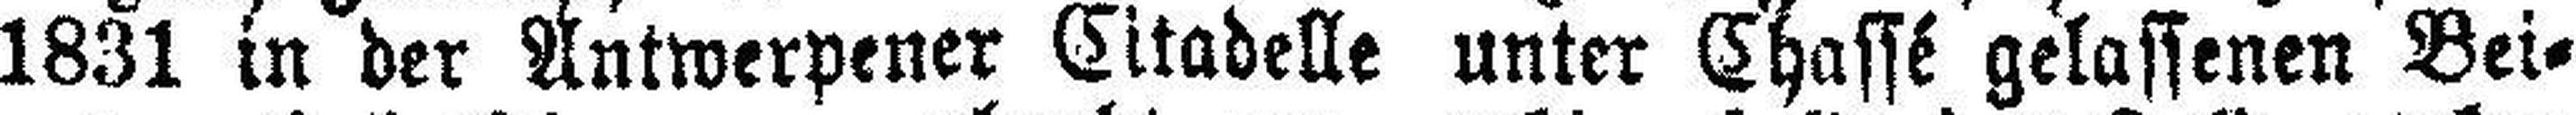
1831 in der Antwerpener Citadelle unter Chassé gelassenen Bei¬